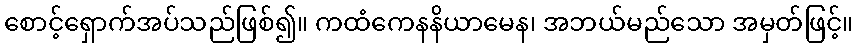
စောင့်ရှောက်အပ်သည်ဖြစ်၍။ ကထံကေနနိယာမေန၊ အဘယ်မည်သော အမှတ်ဖြင့်။